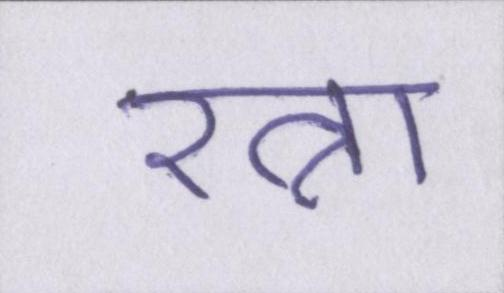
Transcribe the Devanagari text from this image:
रत्ना